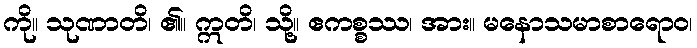
ကို။ သုဏာတိ၊ ၏။ ဣတိ၊ သို့။ ဧကစ္စဿ၊ အား။ မနောသမာစာရောဝ၊